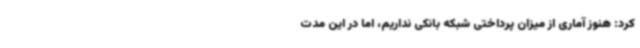
کرد: هنوز آماری از میزان پرداختی شبکه بانکی نداریم، اما در این مدت